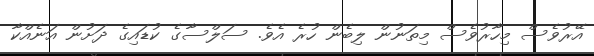
އޭރުވެސް މިހާރުވެސް މިތަނުން ލިބެން ހުރެ އެވެ. ސަލްސާގެ ކުޑައިގެ ދަށުން އަނެއްކާ